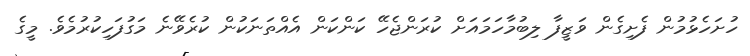
ހުށަހެޅުމުން ފެށިގެން ވަޒީފާ ލިބުމާހަމައަށް ކުރަންޖެހޭ ކަންކަން އެއްތަނަކުން ކުރެވޭނެ މަގުފަހިކުރުމެވެ. މީގެ